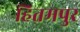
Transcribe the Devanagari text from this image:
हितमपुर